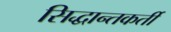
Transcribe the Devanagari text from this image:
सिद्धान्तकर्ती